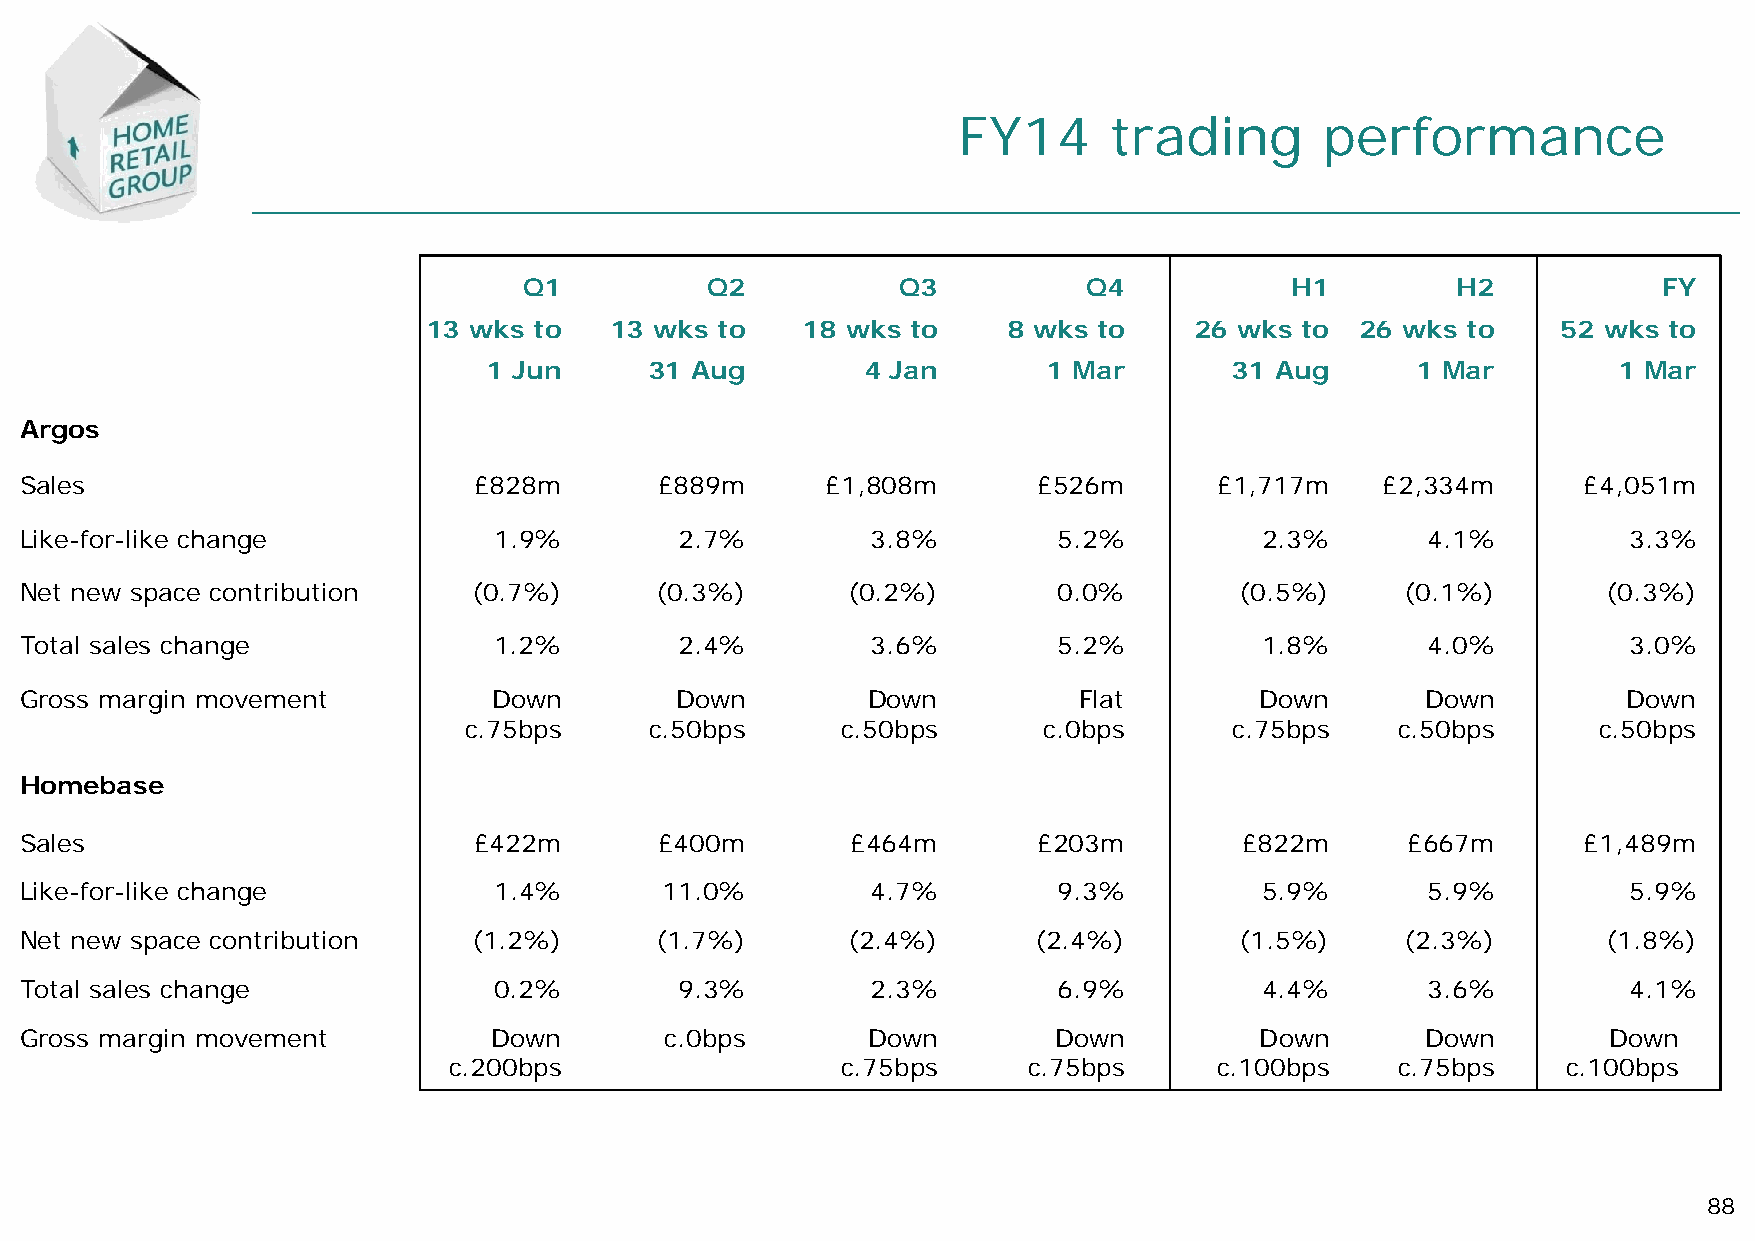
FY14      trading        performance
 Q1          Q2           Q3          Q4           H1         H2            FY
 13 wks to   13 wks to    18 wks to     8 wks to    26 wks to  26 wks to    52 wks to
 1 Jun      31 Aug        4 Jan       1 Mar       31 Aug       1 Mar        1 Mar
 Argos
 Sales                         £828m        £889m      £1,808m       £526m       £1,717m    £2,334m      £4,051m
 Like-for-like change            1.9%        2.7%         3.8%        5.2%          2.3%      4.1%          3.3%
 Net new space contribution    (0.7%)      (0.3%)       (0.2%)        0.0%        (0.5%)     (0.1%)       (0.3%)
 Total sales change              1.2%        2.4%         3.6%        5.2%          1.8%      4.0%          3.0%
 Gross margin movement           Down        Down        Down          Flat        Down       Down          Down
 c.75bps     c.50bps      c.50bps      c.0bps       c.75bps   c.50bps       c.50bps
 Homebase
 Sales                         £422m        £400m       £464m        £203m        £822m      £667m       £1,489m
 Like-for-like change            1.4%       11.0%         4.7%        9.3%          5.9%      5.9%          5.9%
 Net new space contribution    (1.2%)      (1.7%)       (2.4%)       (2.4%)       (1.5%)     (2.3%)       (1.8%)
 Total sales change              0.2%        9.3%         2.3%        6.9%          4.4%      3.6%          4.1%
 Gross margin movement           Down       c.0bps       Down         Down         Down       Down        Down
 c.200bps                  c.75bps     c.75bps      c.100bps   c.75bps     c.100bps
 88